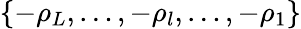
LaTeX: \{ -\rho_{L},\dots,-\rho_{l},\dots,-\rho_{1}\}